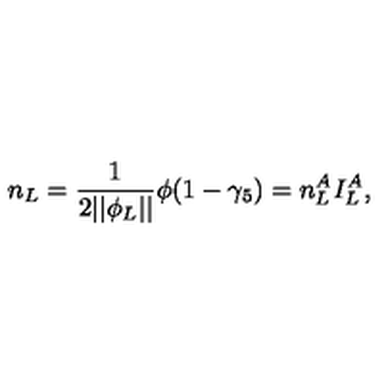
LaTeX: n _ { L } = \frac 1 { 2 | | \phi _ { L } | | } \phi ( 1 - \gamma _ { 5 } ) = n _ { L } ^ { A } I _ { L } ^ { A } ,